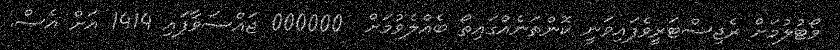
ވޯޓުލުމަށް ރެޖިސްޓަރީވެފައިވަނީ ކޮންތަނެއްގައިތޯ ބެއްލެވުމަށް  000000 ޖައްސަވާފައި 1414 އަށް އެސް.